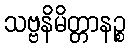
သဗ္ဗနိမိတ္တာနဉ္စ